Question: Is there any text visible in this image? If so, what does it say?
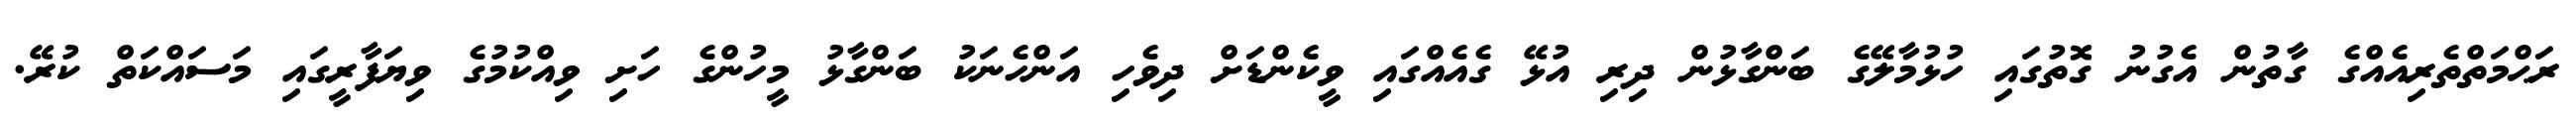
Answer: ރަޙްމަތްތެރިއެއްގެ ގާތުން އެގުނު ގޮތުގައި ހުޅުމާލޭގެ ބަންގާޅުން ދިރި އުޅޭ ގެއެއްގައި ވީކެންޑަށް ދިވެހި އަންހެނަކު ބަންގާޅު މީހުންގެ ހަށި ވިއްކުމުގެ ވިޔަފާރީގައި މަސައްކަތް ކުރޭ.